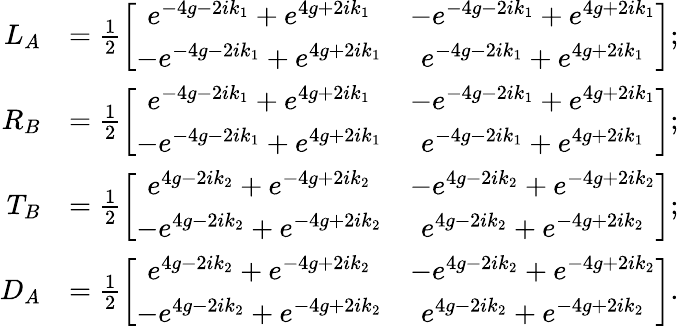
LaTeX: \begin{array}{rl}{L_{A}}&{=\frac{1}{2}\left[\begin{array}{cc}{e^{-4g-2ik_{1}}+e^{4g+2ik_{1}}}&{-e^{-4g-2ik_{1}}+e^{4g+2ik_{1}}}\\ {-e^{-4g-2ik_{1}}+e^{4g+2ik_{1}}}&{e^{-4g-2ik_{1}}+e^{4g+2ik_{1}}}\end{array}\right];}\\ {R_{B}}&{=\frac{1}{2}\left[\begin{array}{cc}{e^{-4g-2ik_{1}}+e^{4g+2ik_{1}}}&{-e^{-4g-2ik_{1}}+e^{4g+2ik_{1}}}\\ {-e^{-4g-2ik_{1}}+e^{4g+2ik_{1}}}&{e^{-4g-2ik_{1}}+e^{4g+2ik_{1}}}\end{array}\right];}\\ {T_{B}}&{=\frac{1}{2}\left[\begin{array}{cc}{e^{4g-2ik_{2}}+e^{-4g+2ik_{2}}}&{-e^{4g-2ik_{2}}+e^{-4g+2ik_{2}}}\\ {-e^{4g-2ik_{2}}+e^{-4g+2ik_{2}}}&{e^{4g-2ik_{2}}+e^{-4g+2ik_{2}}}\end{array}\right];}\\ {D_{A}}&{=\frac{1}{2}\left[\begin{array}{cc}{e^{4g-2ik_{2}}+e^{-4g+2ik_{2}}}&{-e^{4g-2ik_{2}}+e^{-4g+2ik_{2}}}\\ {-e^{4g-2ik_{2}}+e^{-4g+2ik_{2}}}&{e^{4g-2ik_{2}}+e^{-4g+2ik_{2}}}\end{array}\right].}\end{array}